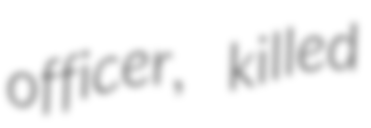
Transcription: officer, killed